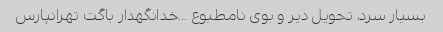
بسیار سرد، تحویل دیر و بوی نامطبوع …خدانگهدار باگت تهرانپارس